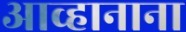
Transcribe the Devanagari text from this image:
आव्हानाना